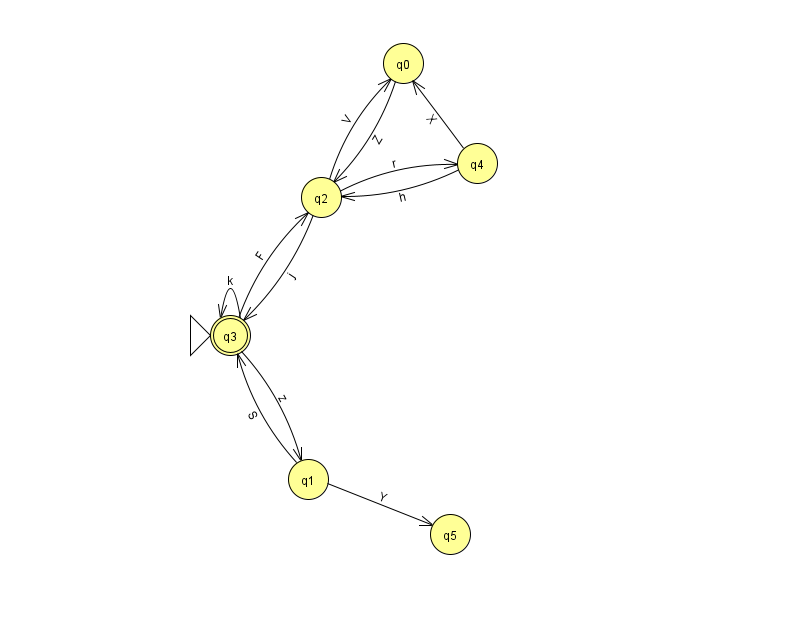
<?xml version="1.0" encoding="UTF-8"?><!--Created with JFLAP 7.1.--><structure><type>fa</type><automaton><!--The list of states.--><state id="0" name="q0"><x>403.0</x><y>50.0</y></state><state id="1" name="q1"><x>308.0</x><y>466.0</y></state><state id="2" name="q2"><x>321.0</x><y>184.0</y></state><state id="3" name="q3"><x>230.0</x><y>322.0</y><initial/><final/></state><state id="4" name="q4"><x>477.0</x><y>150.0</y></state><state id="5" name="q5"><x>450.0</x><y>521.0</y></state><!--The list of transitions.--><transition><from>3</from><to>2</to><read>F</read></transition><transition><from>1</from><to>5</to><read>Y</read></transition><transition><from>4</from><to>2</to><read>h</read></transition><transition><from>0</from><to>2</to><read>Z</read></transition><transition><from>1</from><to>3</to><read>S</read></transition><transition><from>4</from><to>0</to><read>X</read></transition><transition><from>2</from><to>0</to><read>V</read></transition><transition><from>3</from><to>3</to><read>k</read></transition><transition><from>2</from><to>3</to><read>j</read></transition><transition><from>3</from><to>1</to><read>z</read></transition><transition><from>2</from><to>4</to><read>r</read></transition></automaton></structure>